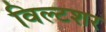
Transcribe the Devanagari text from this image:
विल्टशर